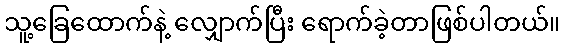
သူ့ခြေထောက်နဲ့ လျှောက်ပြီး ရောက်ခဲ့တာဖြစ်ပါတယ်။